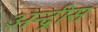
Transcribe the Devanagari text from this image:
अन्द्रीस